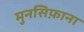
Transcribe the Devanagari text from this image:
मुनसिफ़ाना